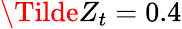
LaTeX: \Tilde{Z}_{t}=0.4